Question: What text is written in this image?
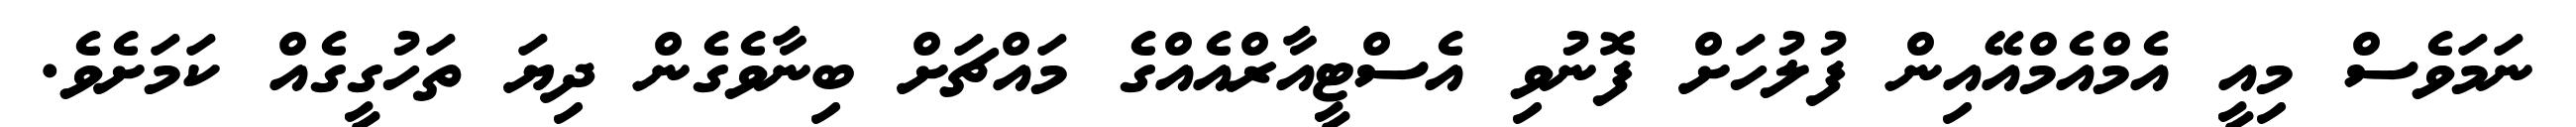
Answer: ނަމަވެސް މިއީ އެމްއެމްއޭއިން ފުލުހަށް ފޮނުވި އެސްޓީއާރްއެއްގެ މައްޗަށް ބިނާވެގެން ދިޔަ ތަހުގީގެއް ކަމަށެވެ.